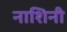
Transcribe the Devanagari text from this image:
नाशिनी